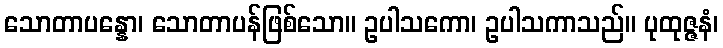
သောတာပန္နော၊ သောတာပန်ဖြစ်သော။ ဥပါသကော၊ ဥပါသကာသည်။ ပုထုဇ္ဇနံ၊